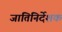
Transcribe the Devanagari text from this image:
जातिनिर्देशक